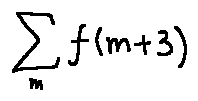
\sum \limits _ { m } f ( m + 3 )